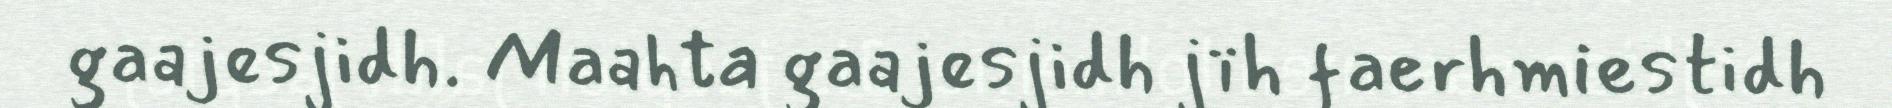
gaajesjidh. Maahta gaajesjidh jïh faerhmiestidh